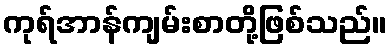
ကုရ်အာန်ကျမ်းစာတို့ဖြစ်သည်။